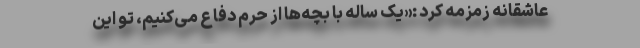
عاشقانه زمزمه کرد :«یک ساله با بچه‌ها از حرم دفاع می‌کنیم، تو این